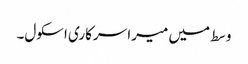
وسط میں میرا سرکاری اسکول۔